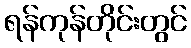
ရန်ကုန်တိုင်းတွင်